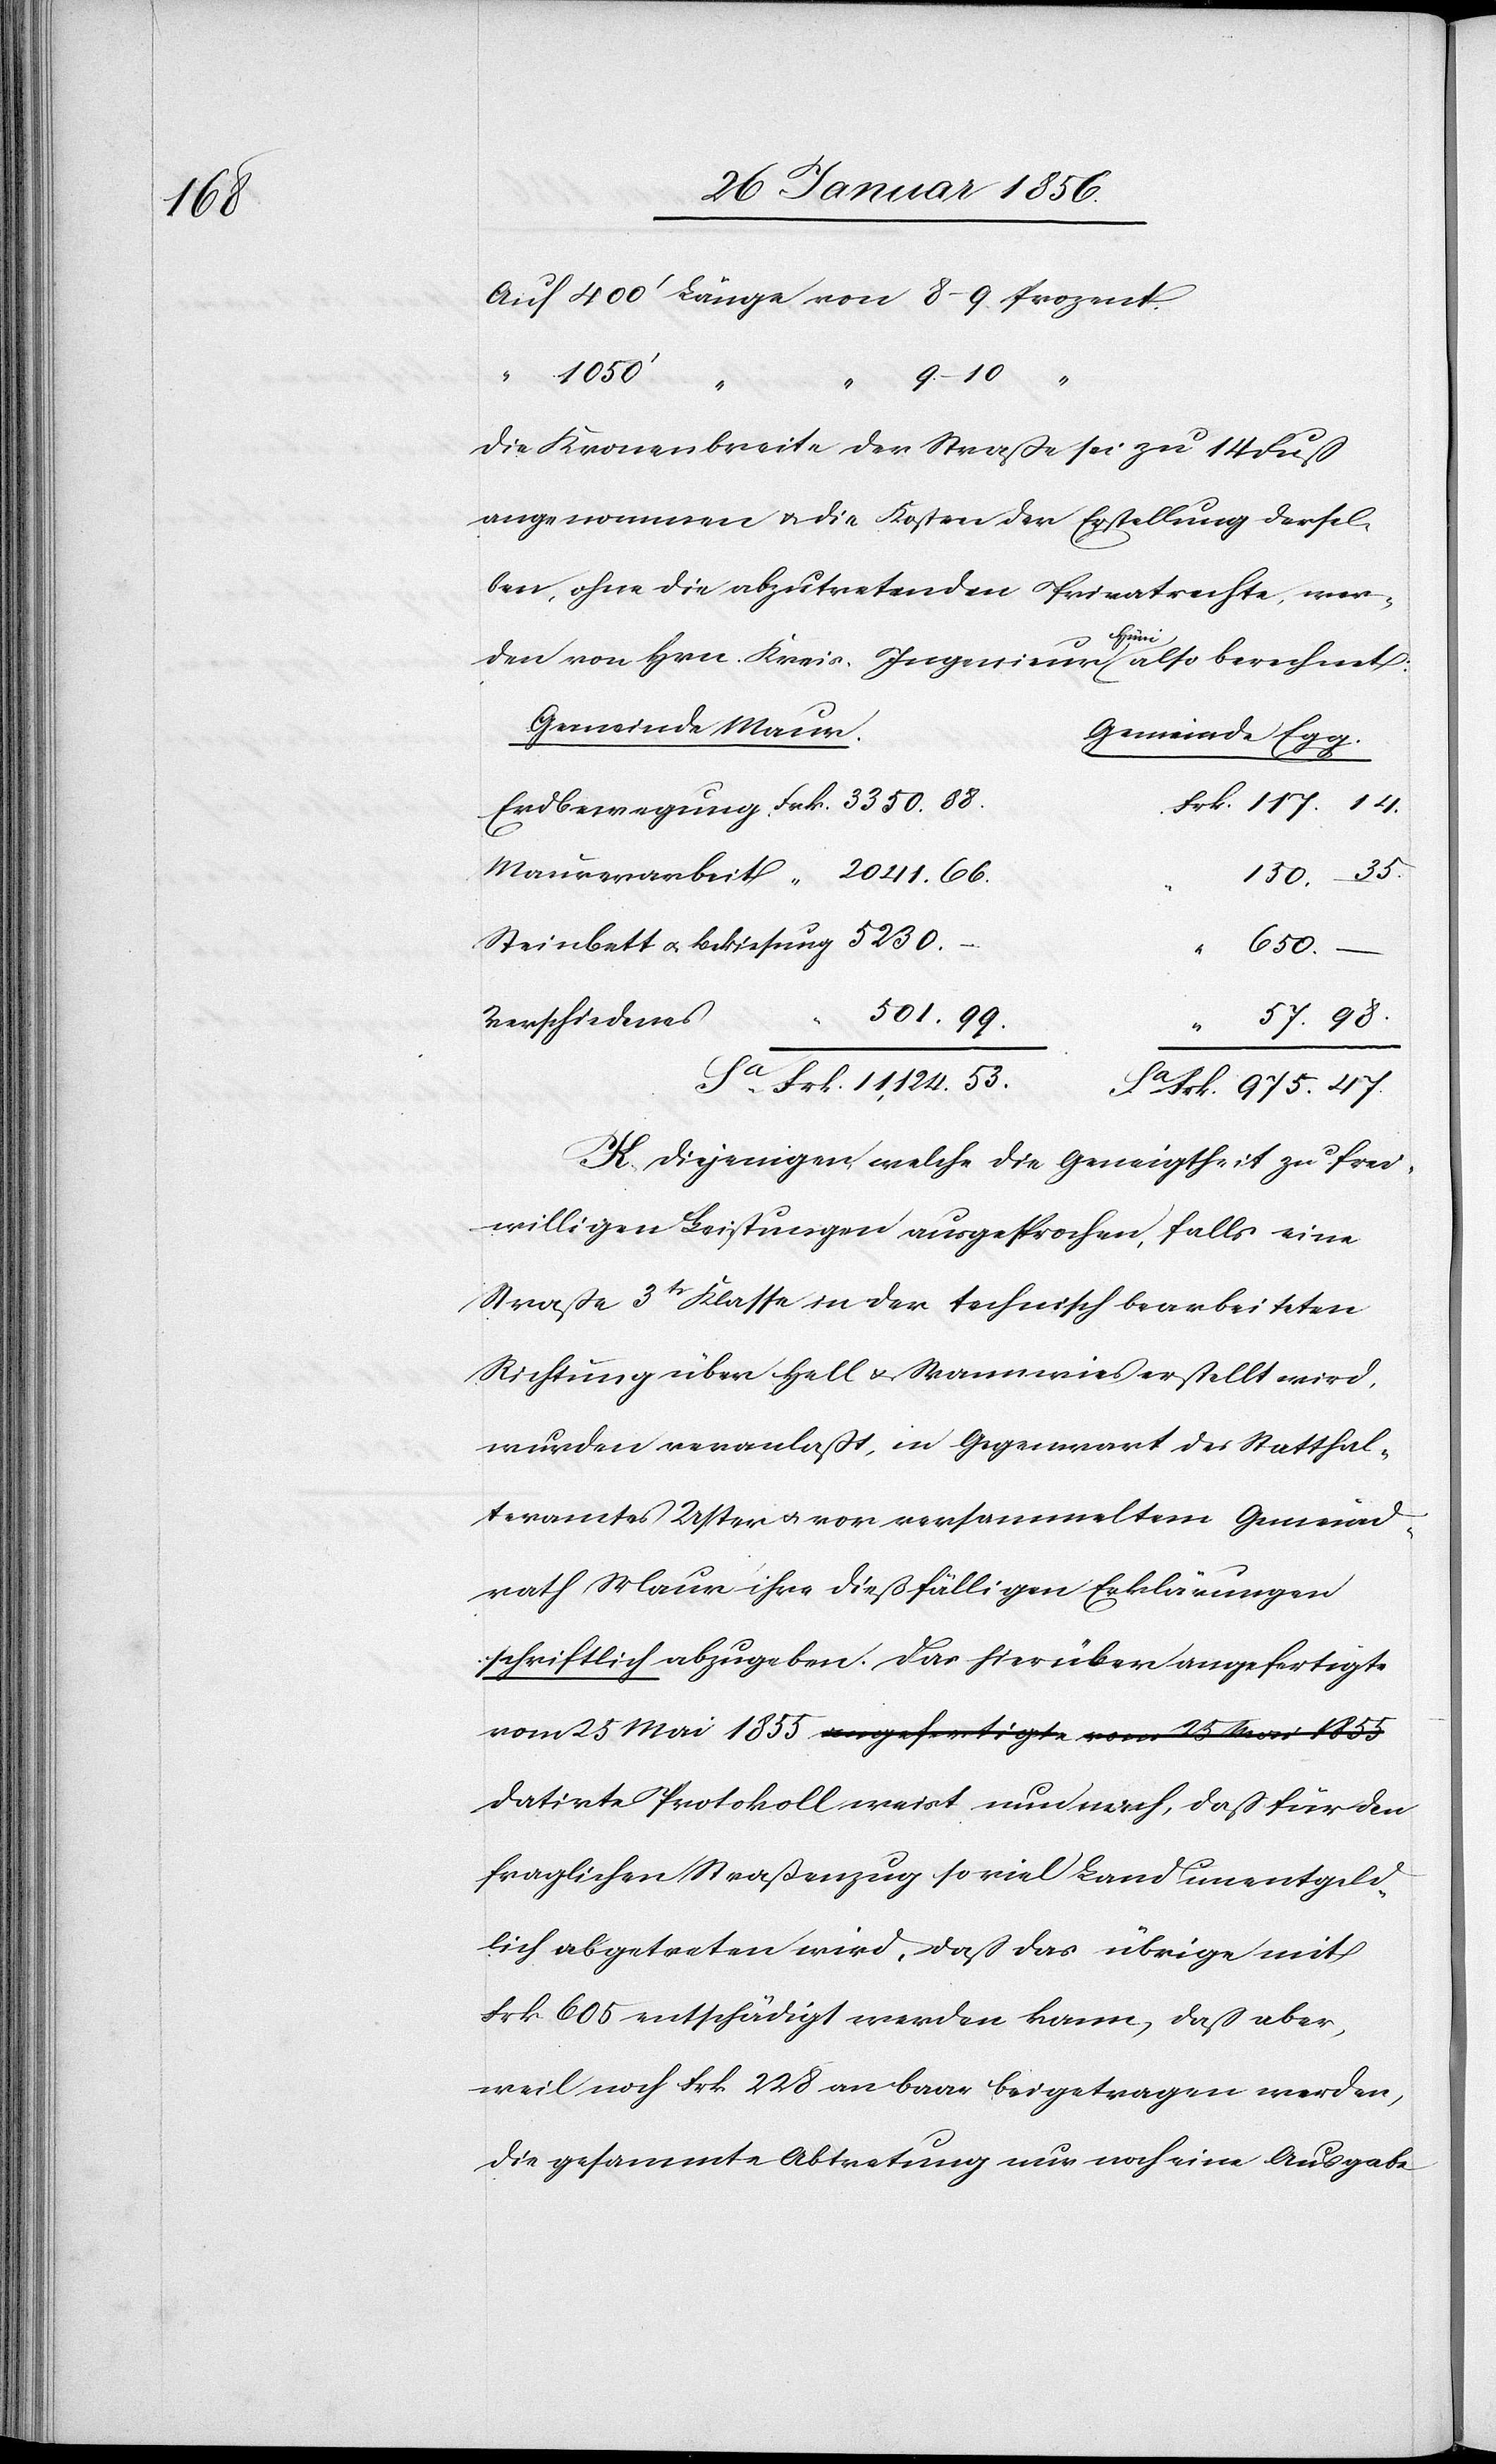
1855

vom 25 Mai
Die Kronenbreite der Straße sei zu 14 Fuß
angenommen u. die Kosten der Erstellung dersel¬
ben, ohne die abzutretenden Privatrechte, wer¬
Stein¬
“
den von Hrn. Kreis-Ingenieur aHünia also berechnet:
Gemeinde Maur.
Gemeinde Egg.
975.
47.
Verschiedenes
K. Diejenigen, welche die Geneigtheit zu frei¬
willigen Leistungen ausgesprochen, falls eine
Straße 3tr Klasse in der technisch bearbeiteten
Richtung über Hell u. Wannwies erstellt wird,
wurden veranlaßt, in Gegenwart des Statthal¬
teramtes Uster u. vor versammeltem Gemeind¬
rath Maur ihre dießfälligen Erklärungen
schriftlich abzugeben. Das hierüber angefertigte
datirte Protokoll weist nun nach, daß für den
fraglichen Straßenzug so viel Land unentgeld¬
lich abgetreten wird, daß das übrige mit
Frk 605 entschädigt werden kann, daß aber,
weil noch Frk 228 an baar beigetragen werden,
die gesammte Abtretung nur noch eine Ausgabe